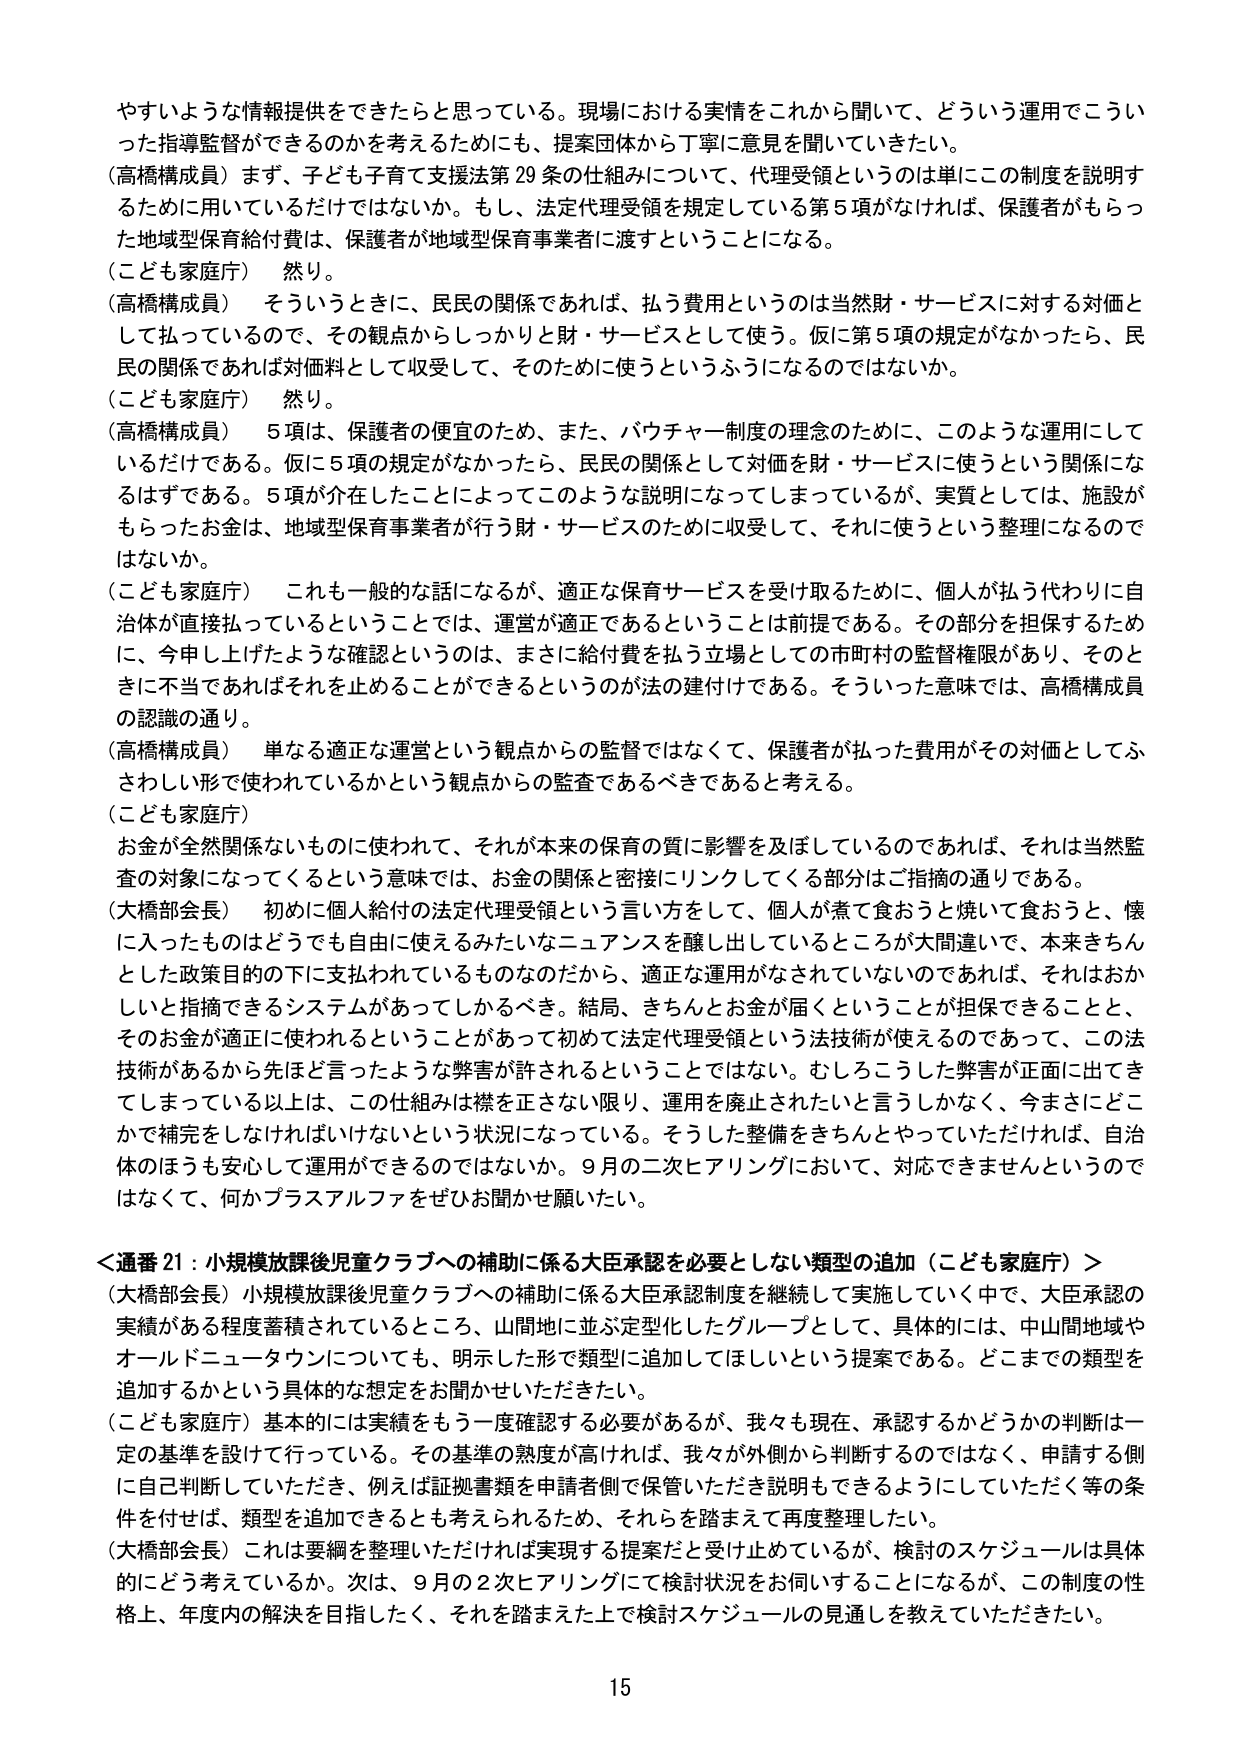
やすいような情報提供をできたらと思っている。現場における実情をこれから聞いて、どういう運用でこういった指導監督ができるのかを考えるためにも、提案団体から丁寧に意見を聞いていきたい。

（高橋構成員）まず、子ども子育て支援法第29条の仕組みについて、代理受領というのは単にこの制度を説明するために用いているだけではないか。もし、法定代理受領を規定している第5項がなければ、保護者がもらった地域型保育給付費は、保護者が地域型保育事業者に渡すということになる。

（こども家庭庁） 然り。

（高橋構成員） そういうときに、民民の関係であれば、払う費用というのは当然財・サービスに対する対価として払っているので、その観点からしっかり財・サービスとして使う。仮に第5項の規定がなかったら、民民の関係であれば対価料として収受して、そのために使うというふうになるのではないか。

（こども家庭庁） 然り。

（高橋構成員） 5項は、保護者の便宜のため、また、バウチャー制度の理念のために、このような運用にしているだけである。仮に5項の規定がなかったら、民民の関係として対価を財・サービスに使うという関係になるはずである。5項が介在したことによってこのような説明になってしまっているが、実質としては、施設がもらったお金は、地域型保育事業者が行う財・サービスのために収受して、それに使うという整理になるのではないか。

（こども家庭庁） これも一般的な話になるが、適正な保育サービスを受け取るために、個人が払う代わりに自治体が直接払っているということでは、運営が適正であるということは前提である。その部分を担保するために、今申し上げたような確認というのは、まさに給付費を払う立場としての市町村の監督権限があり、そのときに不当であればそれを止めることができるというのが法の建付けである。そういった意味では、高橋構成員の認識の通り。

（高橋構成員） 単なる適正な運営という観点からの監督ではなくて、保護者が払った費用がその対価としてふさわしい形で使われているかという観点からの監査であるべきであると考える。

（こども家庭庁）

お金が全然関係ないものに使われて、それが本来の保育の質に影響を及ぼしているのであれば、それは当然監査の対象になってくるという意味では、お金の関係と密接にリンクしてくる部分はご指摘の通りである。

（大橋部会長） 初めに個人給付の法定代理受領という言い方をして、個人が煮て食おうと焼いて食おうと、懐に入ったものはどうでも自由に使えるみたいなニュアンスを醸し出しているところが大間違いで、本来きちんとした政策目的の下に支払われているものなのだから、適正な運用がなされていないのであれば、それはおかしいと指摘できるシステムがあってしかるべき。結局、きちんとお金が届くということが担保できることと、そのお金が適正に使われるということがあって初めて法定代理受領という法技術が使えるのであって、この法技術があるから先ほど言ったような弊害が許されるということではない。むしろこうした弊害が正面に出てきてしまっている以上は、この仕組みは襟を正さない限り、運用を廃止されたいと言うしかなく、今まさにどこかで補完をしなければいけないという状況になっている。そうした整備をきちんとやっていただければ、自治体のほうも安心して運用ができるのではないか。9月の二次ヒアリングにおいて、対応できませんというのではなくて、何かプラスアルファをぜひお聞かせ願いたい。

＜通番21：小規模放課後児童クラブへの補助に係る大臣承認を必要としない類型の追加（こども家庭庁）＞

（大橋部会長）小規模放課後児童クラブへの補助に係る大臣承認制度を継続して実施していく中で、大臣承認の実績がある程度蓄積されているところ、山間地に並ぶ定型化したグループとして、具体的には、中山間地域やオールドニュータウンについても、明示した形で類型に追加してほしいという提案である。どこまでの類型を追加するかという具体的な想定をお聞かせいただきたい。

（こども家庭庁）基本的には実績をもう一度確認する必要があるが、我々も現在、承認するかどうかの判断は一定の基準を設けて行っている。その基準の熟度が高ければ、我々が外側から判断するのではなく、申請する側に自己判断していただき、例えば証拠書類を申請者側で保管いただき説明もできるようにしていただく等の条件を付せば、類型を追加できるとも考えられるため、それらを踏まえて再度整理したい。

（大橋部会長）これは要綱を整理いただければ実現する提案だと受け止めているが、検討のスケジュールは具体的にどう考えているか。次は、9月の2次ヒアリングにて検討状況をお伺いすることになるが、この制度の性格上、年度内の解決を目指したく、それを踏まえた上で検討スケジュールの見通しを教えていただきたい。

15